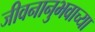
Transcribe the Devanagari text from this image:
जीवनानुभवाच्या